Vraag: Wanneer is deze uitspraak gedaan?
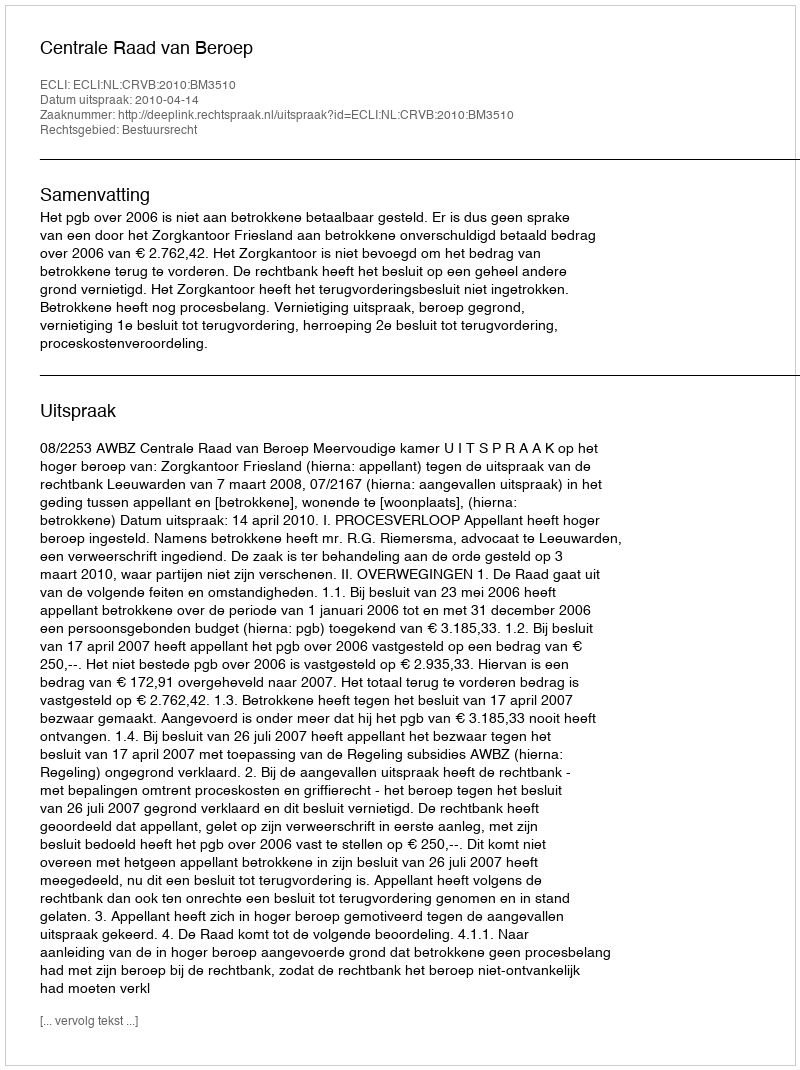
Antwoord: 2010-04-14